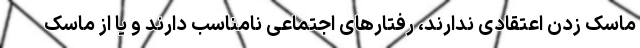
ماسک زدن اعتقادی ندارند، رفتارهای اجتماعی نامناسب دارند و یا از ماسک